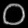
Digit: ၀